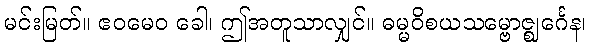
မင်းမြတ်။ ဧဝမေဝ ခေါ၊ ဤအတူသာလျှင်။ ဓမ္မဝိစယသမ္ဗောဇ္ဈင်္ဂေန၊